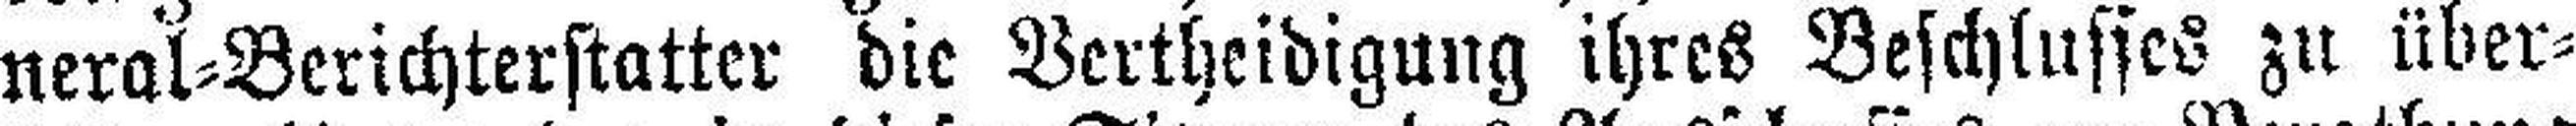
neral=Berichterstatter die Vertheidigung ihres Beschlusses zu über¬